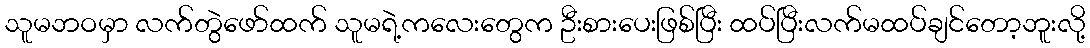
သူမဘဝမှာ လက်တွဲဖော်ထက် သူမရဲ့ကလေးတွေက ဦးစားပေးဖြစ်ပြီး ထပ်ပြီးလက်မထပ်ချင်တော့ဘူးလို့